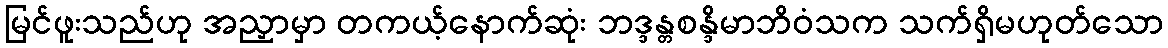
မြင်ဖူးသည်ဟု အညှာမှာ တကယ့်နောက်ဆုံး ဘဒ္ဒန္တစန္ဒိမာဘိဝံသက သက်ရှိမဟုတ်သော